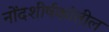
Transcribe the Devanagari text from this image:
नोंदशीर्षकांतील